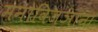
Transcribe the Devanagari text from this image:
मनोविज्ञाना